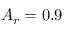
A _ { r } = 0 . 9